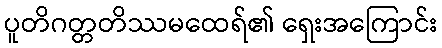
ပူတိဂတ္တတိဿမထေရ်၏ ရှေးအကြောင်း